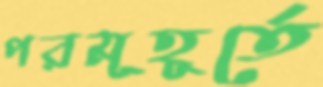
পরমূহূর্তে